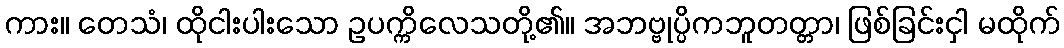
ကား။ တေသံ၊ ထိုငါးပါးသော ဥပက္ကိလေသတို့၏။ အဘဗ္ဗုပ္ပိကဘူတတ္တာ၊ ဖြစ်ခြင်းငှါ မထိုက်